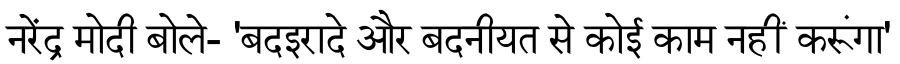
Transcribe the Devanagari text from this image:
नरेंद्र मोदी बोले- 'बदइरादे और बदनीयत से कोई काम नहीं करूंगा'